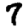
Digit: 7